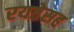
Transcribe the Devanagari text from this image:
रयतेसह